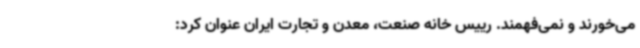
می‌خورند و نمی‌فهمند. رییس خانه صنعت، معدن و تجارت ایران عنوان کرد: